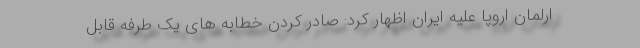
ارلمان اروپا علیه ایران اظهار کرد: صادر کردن خطابه های یک طرفه قابل